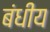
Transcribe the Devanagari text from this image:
बंधीय